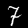
Digit: 7